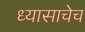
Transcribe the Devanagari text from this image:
ध्यासाचेच